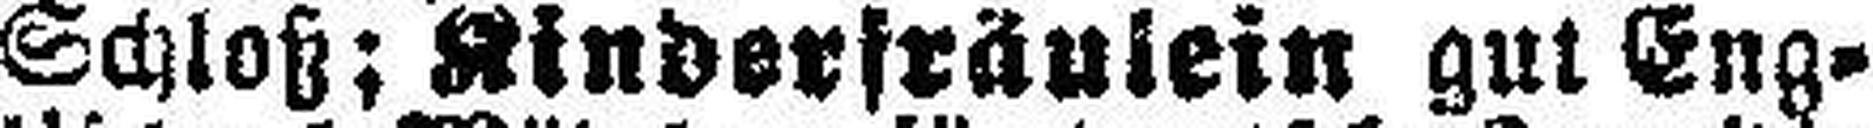
Schloß; Kinderfräulein gut Eng¬